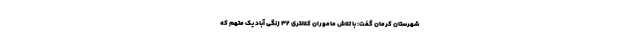
شهرستان کرمان گفت: با تلاش ماموران کلانتری ۳۲ زنگی آباد یک متهم که